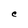
Character: C